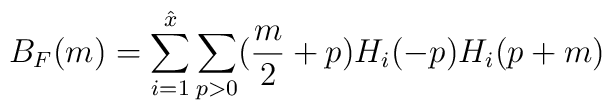
B_F(m) = \sum_{i=1}^{\hat x} \sum_{p>0} (\frac{m}{2} + p)H_i(-p)H_i(p+m)